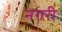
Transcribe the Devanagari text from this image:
नगरीः